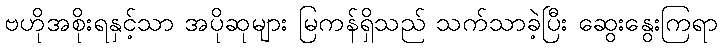
ဗဟိုအစိုးရနှင့်သာ အပိုဆုများ မြကန်ရှိသည် သက်သာခဲ့ပြီး ဆွေးနွေးကြရာ